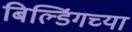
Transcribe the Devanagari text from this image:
बिल्डिंगच्या